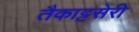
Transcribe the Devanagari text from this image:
तैकाट्टसेरी